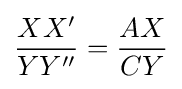
{XX' \over YY''}={AX \over CY}